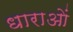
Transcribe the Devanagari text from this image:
धाराआें